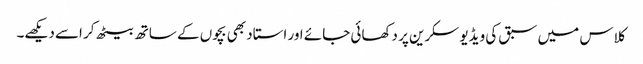
کلاس میں سبق کی ویڈیو سکرین پر دکھائی جائے اور استاد بھی بچوں کے ساتھ بیٹھ کر اسے دیکھے۔